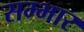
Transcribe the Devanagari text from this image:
सम्भार